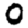
Digit: 0